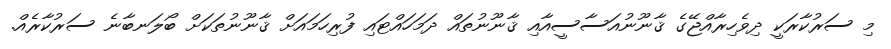
މި ސަރުކާރަކީ ދިވެހިރާއްޖޭގެ ޤާނޫނުއަސާސީއާއި ޤާނޫނުތައް ދަމަހައްޓައި ފުރިހަމައަށް ޤާނޫނުތަކަށް ބޯލަނބާނެ ސަރުކާރެއް.